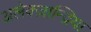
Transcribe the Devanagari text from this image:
अलेक्ज़ान्द्रिया